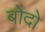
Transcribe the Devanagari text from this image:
बोदो